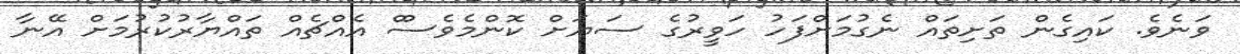
ވަނެވެ. ކައިގެން ތަށިތައް ނެގުމަށްފަހު ހަވީރުގެ ސަޔަށް ކޮންމެވެސްް އެއްޗެއް ތައްޔާރުކުރުމަށް އޭނާ